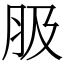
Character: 䏜